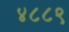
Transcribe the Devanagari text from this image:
४८८९